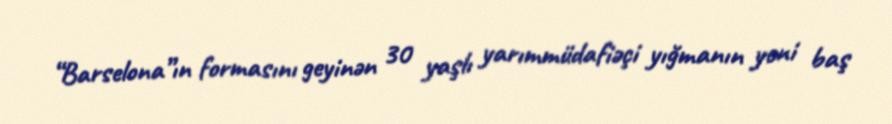
“Barselona”ın formasını geyinən 30 yaşlı yarımmüdafiəçi yığmanın yeni baş